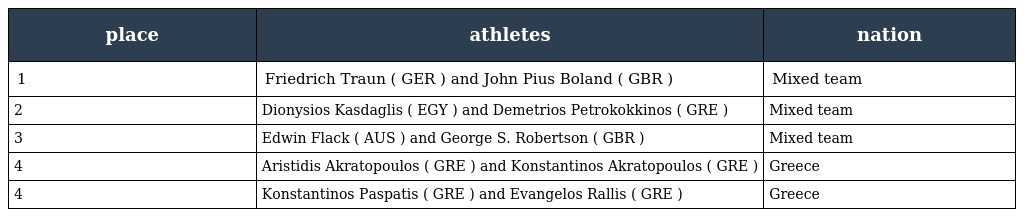
| place | athletes | nation |
 | --- | --- | --- |
 | 1 | Friedrich Traun ( GER ) and John Pius Boland ( GBR ) | Mixed team |
 | 2 | Dionysios Kasdaglis ( EGY ) and Demetrios Petrokokkinos ( GRE ) | Mixed team |
 | 3 | Edwin Flack ( AUS ) and George S. Robertson ( GBR ) | Mixed team |
 | 4 | Aristidis Akratopoulos ( GRE ) and Konstantinos Akratopoulos ( GRE ) | Greece |
 | 4 | Konstantinos Paspatis ( GRE ) and Evangelos Rallis ( GRE ) | Greece |